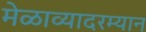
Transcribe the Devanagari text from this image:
मेळाव्यादरम्यान